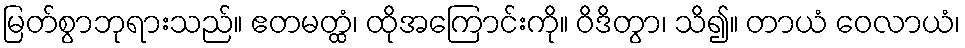
မြတ်စွာဘုရားသည်။ ဧတမတ္ထံ၊ ထိုအကြောင်းကို။ ဝိဒိတွာ၊ သိ၍။ တာယံ ဝေလာယံ၊